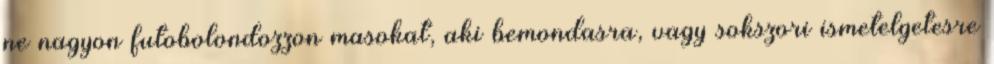
ne nagyon futobolondozzon masokat, aki bemondasra, vagy sokszori ismetelgetesre